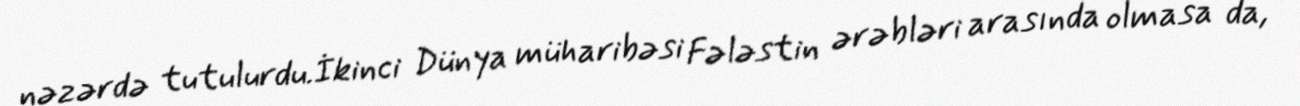
nəzərdə tutulurdu.İkinci Dünya müharibəsi Fələstin ərəbləri arasında olmasa da,